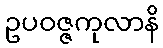
ဥပဝဇ္ဇကုလာနိ